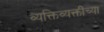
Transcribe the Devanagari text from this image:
व्यक्तिव्यक्तींच्या